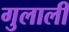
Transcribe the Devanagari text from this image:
गुलाली